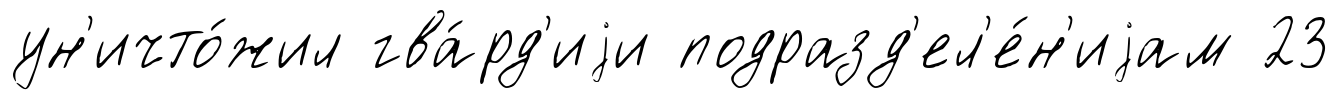
ун'ичто́жил гва́рд'иjи подразд'ел'е́н'иjам 23